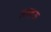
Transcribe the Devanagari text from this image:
तनहऊ